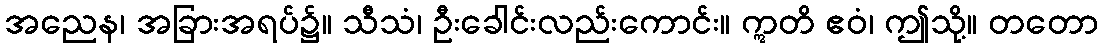
အညေန၊ အခြားအရပ်၌။ သီသံ၊ ဦးခေါင်းလည်းကောင်း။ ဣတိ ဧဝံ၊ ဤသို့။ တတော